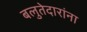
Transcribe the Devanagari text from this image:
बलुतेदारांना